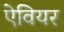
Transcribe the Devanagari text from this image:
ऐवियर